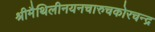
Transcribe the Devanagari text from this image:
श्रीमैथिलीनयनचारुचकोरचन्द्र